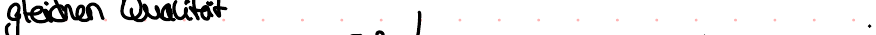
gleichen Qualität